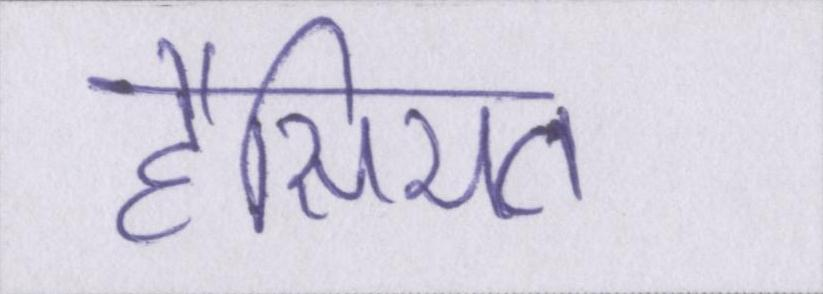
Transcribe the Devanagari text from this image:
हैसियत